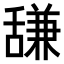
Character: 𫇗